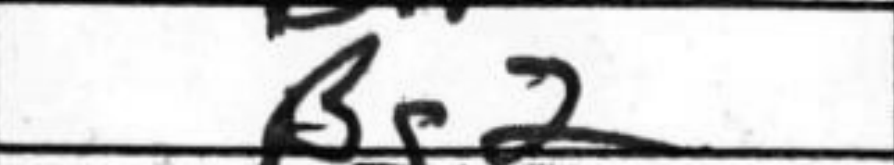
Transcription: Bg2